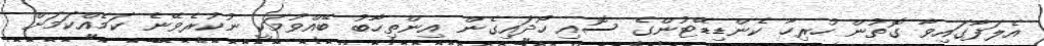
އެލަފާގައިވާ ގޮތުން ހުރިހާ ކެންޑިޑޭޓުންގެ ސޮއި ހޯދައިގެން އިންތިހާބު ބޭއްވުމަކީ ނުކުރެވޭނެ ކަމެއްކަމަށް